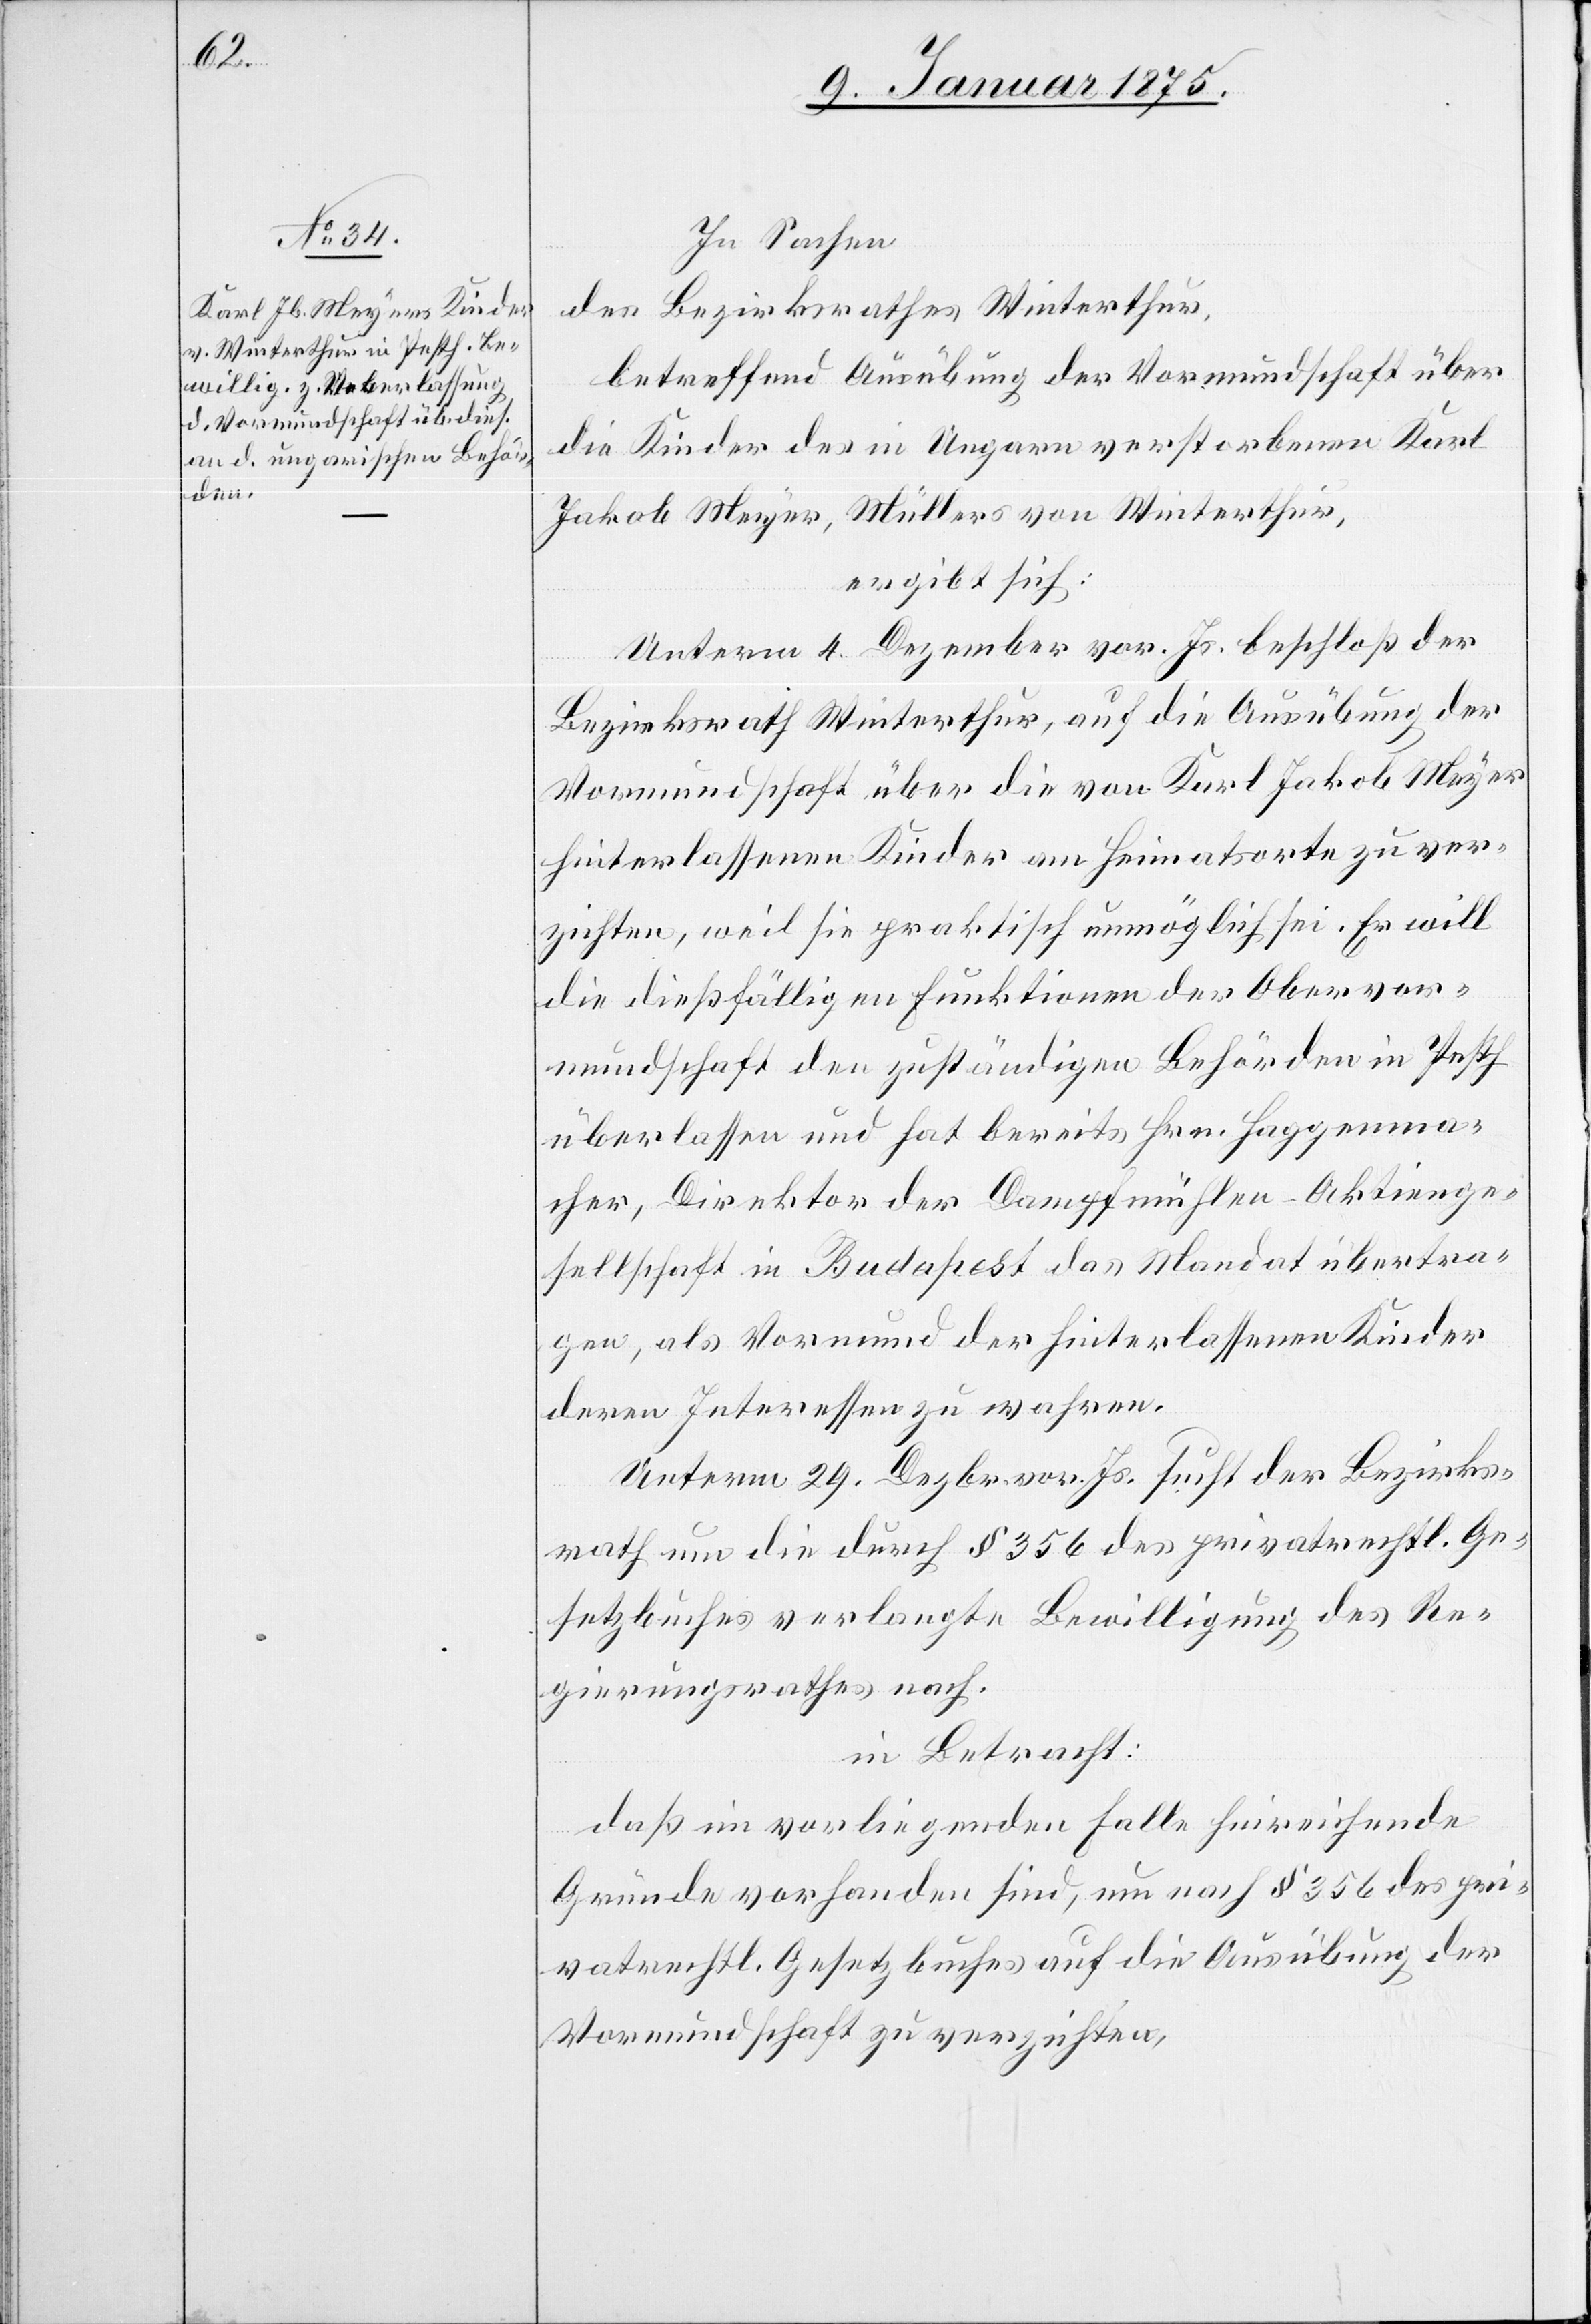
In Sachen
des Bezirksrathes Winterthur,
betreffend Ausübung der Vormundschaft über
die Kinder des in Ungarn verstorbenen Karl
Jakob Meyer, Müllers von Winterthur,
ergibt sich:
Unterm 4. Dezember vor. Js. beschloß der
Bezirksrath Winterthur, auf die Ausübung der
Vormundschaft über die von Karl Jakob Meyer
hinterlassenen Kinder am Heimatsorte zu ver¬
zichten, weil sie praktisch unmöglich sei. Er will
die dießfälligen Funktionen der Obervor¬
mundschaft den zuständigen Behörden in Pesth
überlassen und hat bereits Hrn. Haggenma¬
cher, Direktor der Dampfmühlen-Aktienge¬
sellschaft in Budapest das Mandat übertra¬
gen, als Vormund der hinterlassenen Kinder
deren Interessen zu wahren.
Unterm 29. Dezbr. vor. Js. sucht der Bezirks¬
rath um die durch § 356 des privatrechtl. Ge¬
setzbuches verlangte Bewilligung des Re¬
gierungsrathes nach.
in Betracht:
daß im vorliegenden Falle hinreichende
Gründe vorhanden sind, um nach § 356 des pri¬
vatrechtl. Gesetzbuches auf die Ausübung der
Vormundschaft zu verzichten,